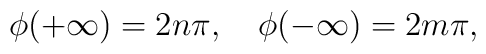
\phi ( +\infty ) =2n\pi, \ \ \ \phi (-\infty) =2m\pi ,